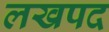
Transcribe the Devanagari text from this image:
लखपद